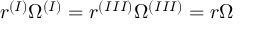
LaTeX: r ^ { ( I ) } \Omega ^ { ( I ) } = r ^ { ( I I I ) } \Omega ^ { ( I I I ) } = r \Omega